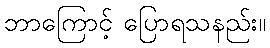
ဘာကြောင့် ပြောရသနည်း။